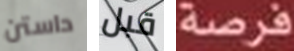
داستن قبل فرصة